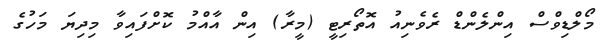
މޯލްޑިވްސް އިންލެންޑް ރެވެނިއު އޮތޯރިޓީ (މީރާ) އިން އާއްމު ކޮށްފައިވާ މިދިޔަ މަހުގެ